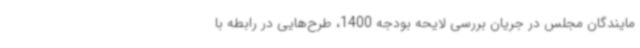
مایندگان مجلس در جریان بررسی لایحه بودجه 1400، طرح‌هایی در رابطه با